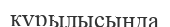
кұрылысында